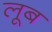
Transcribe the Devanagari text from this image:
लूब